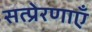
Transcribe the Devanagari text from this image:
सत्प्रेरणाएँ